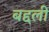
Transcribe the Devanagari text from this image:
बद्दली